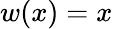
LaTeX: w(x)=x